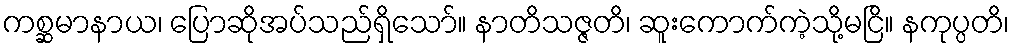
ကစ္ဆမာနာယ၊ ပြောဆိုအပ်သည်ရှိသော်။ နာတိသဇ္ဇတိ၊ ဆူးကောက်ကဲ့သို့မငြိ။ နကုပ္ပတိ၊